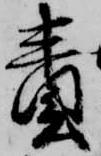
責